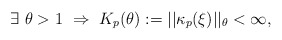
\begin{align*} \exists \ \theta > 1 \ \Rightarrow \ K_p(\theta) := ||\kappa_p(\xi)||_{\theta} < \infty,\end{align*}